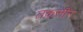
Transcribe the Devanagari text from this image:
तक़सीर